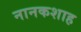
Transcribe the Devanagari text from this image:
नानकशाह